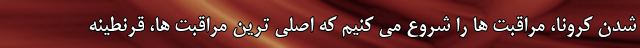
شدن کرونا، مراقبت ها را شروع می کنیم که اصلی ترین مراقبت ها، قرنطینه